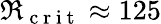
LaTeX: \Re_{\mathrm{~c~r~i~t~}}\approx 125